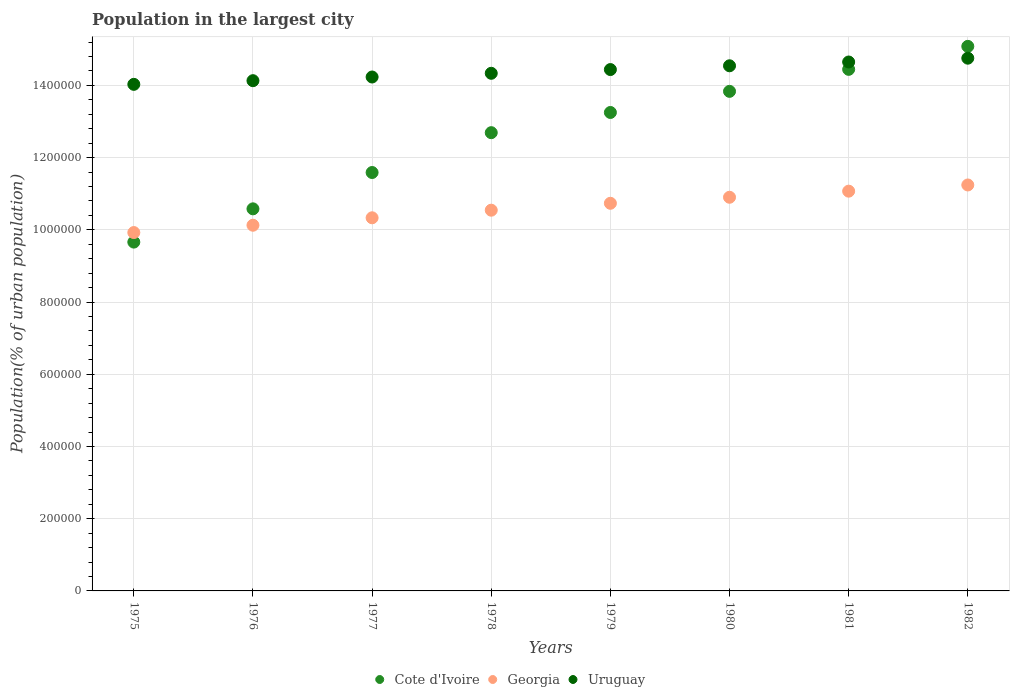
| Years | Cote d'Ivoire | Georgia | Uruguay |
 | --- | --- | --- | --- |
 | 1975 | 9.66e+05 | 9.92e+05 | 1.4e+06 |
 | 1976 | 1.06e+06 | 1.01e+06 | 1.41e+06 |
 | 1977 | 1.16e+06 | 1.03e+06 | 1.42e+06 |
 | 1978 | 1.27e+06 | 1.05e+06 | 1.43e+06 |
 | 1979 | 1.33e+06 | 1.07e+06 | 1.44e+06 |
 | 1980 | 1.38e+06 | 1.09e+06 | 1.45e+06 |
 | 1981 | 1.44e+06 | 1.11e+06 | 1.46e+06 |
 | 1982 | 1.51e+06 | 1.12e+06 | 1.48e+06 |